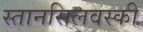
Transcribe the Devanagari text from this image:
स्तानसिलवस्की